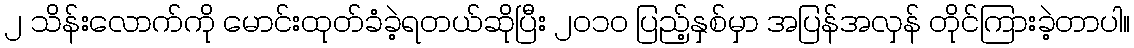
၂ သိန်းလောက်ကို မောင်းထုတ်ခံခဲ့ရတယ်ဆိုပြီး ၂၀၁၀ ပြည့်နှစ်မှာ အပြန်အလှန် တိုင်ကြားခဲ့တာပါ။